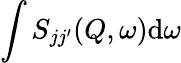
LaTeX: \int{S_{jj^{\prime}}}(Q,\omega)\mathrm{d}\omega